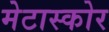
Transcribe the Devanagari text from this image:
मेटास्कोर